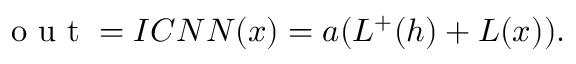
\mathrm { ~ o ~ u ~ t ~ } = I C N N ( x ) = a ( L ^ { + } ( h ) + L ( x ) ) .